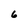
Character: 6